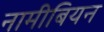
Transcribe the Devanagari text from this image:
नामीबियन